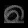
Digit: ၈